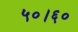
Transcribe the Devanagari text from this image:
५०।६०